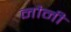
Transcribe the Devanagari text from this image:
नौनी